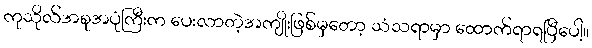
ကုသိုလ်အစုအပုံကြီးက ပေးလာတဲ့အကျိုးဖြစ်မှတော့ သံသရာမှာ ထောက်ရာရပြီပေါ့။